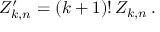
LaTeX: Z _ { k , n } ^ { \prime } = ( k + 1 ) ! \, Z _ { k , n } \, .